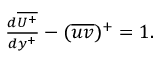
\begin{array} { r } { \frac { d \overline { { U ^ { + } } } } { d y ^ { + } } - ( \overline { { u v } } ) ^ { + } = 1 . } \end{array}